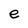
Character: e